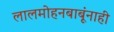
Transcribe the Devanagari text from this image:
लालमोहनबाबूंनाही